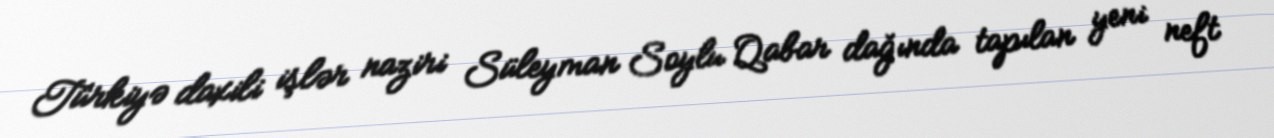
Türkiyə daxili işlər naziri Süleyman Soylu Qabar dağında tapılan yeni neft